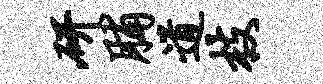
研脯道枝